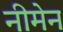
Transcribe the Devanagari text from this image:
नीमेन